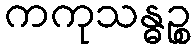
ကကုသန္ဓဉ္စ